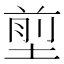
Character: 𡍽